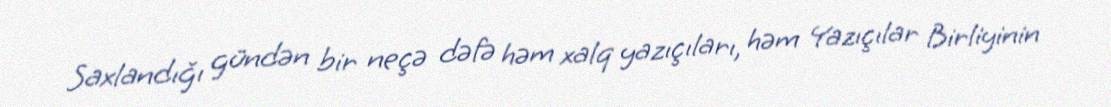
Saxlandığı gündən bir neçə dəfə həm xalq yazıçıları, həm Yazıçılar Birliyinin